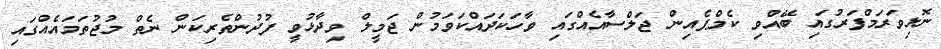
ނޮޅިވަރަމްފަރުގައި ބޭއްވި ކެމްޕެއިން ޖަލްސާއެއްގައި ވާހަކަދައްކަވަމުން ޖަމީލް ވިދާޅުވީ ފުދުންތެރިކަން ނެތް މުޖުތަމައެއްގައި